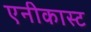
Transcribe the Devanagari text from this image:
एनीकास्ट